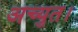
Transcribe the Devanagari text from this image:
अच्युत।